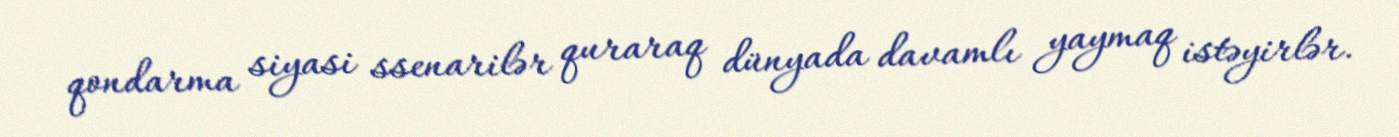
qondarma siyasi ssenarilər quraraq dünyada davamlı yaymaq istəyirlər.